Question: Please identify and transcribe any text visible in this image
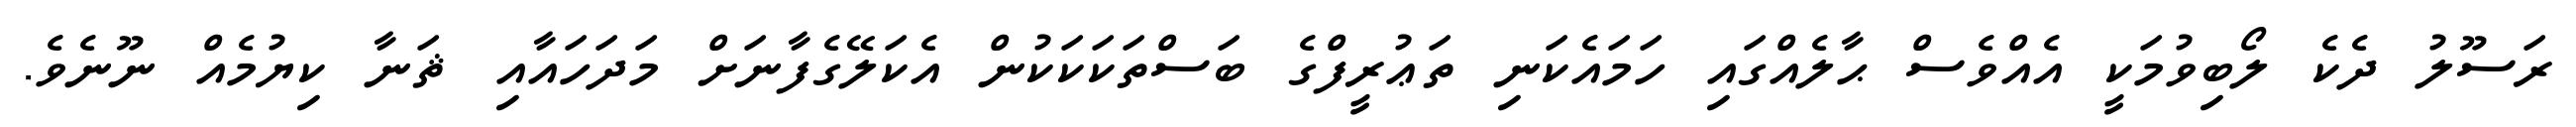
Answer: ރަސޫލު ދެކެ ލޯބިވުމަކީ އެއްވެސް ޙާލެއްގައި ހަމައެކަނި ތަޢުރީފްގެ ބަސްތަކަކަކުން އެކަލޭގެފާނަށް މަދަހައާއި ޘަނާ ކިޔުމެއް ނޫނެވެ.